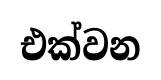
එක්වන